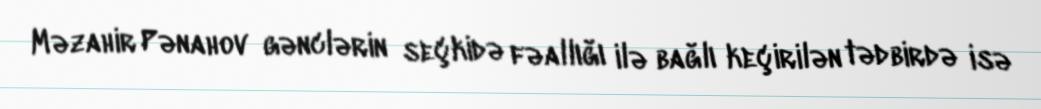
Məzahir Pənahov gənclərin seçkidə fəallığı ilə bağlı keçirilən tədbirdə isə